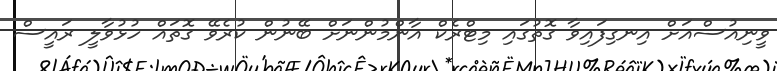
ވީނިއުސްއަށް އިނގިފައިވާ ގޮތުގައި މިޓްރެކް އާންމުންނަށް ބޭނުން ކުރެވޭ ގޮތައް ހުޅުވާލީ ރައީސް